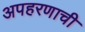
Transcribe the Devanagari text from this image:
अपहरणाची